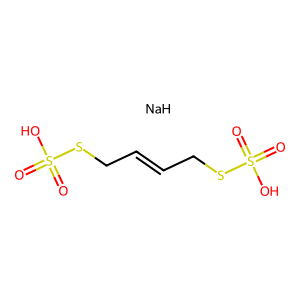
SMILES: O=S(=O)(O)SCC=CCSS(=O)(=O)O.[NaH]
Inhibits HIV replication: No